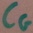
Text: CG